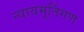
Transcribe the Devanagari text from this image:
न्यायमूर्तिगण